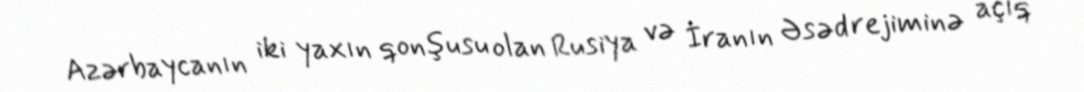
Azərbaycanın iki yaxın qonşusu olan Rusiya və İranın Əsəd rejiminə açıq